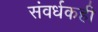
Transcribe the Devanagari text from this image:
संवर्धकही